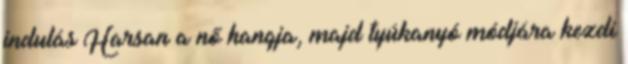
indulás Harsan a nő hangja, majd tyúkanyó módjára kezdi